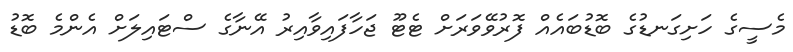
މެސީގެ ހަށިގަނޑުގެ ބޮޑުބައެއް ފޮރުވޭވަރަށް ޓެޓޫ ޖަހާފައިވާއިރު އޭނާގެ ސްޓައިލަށް އެންމެ ބޮޑު